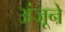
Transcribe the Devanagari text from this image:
अंजूने